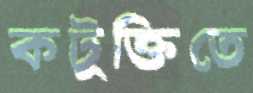
কটূক্তিতে